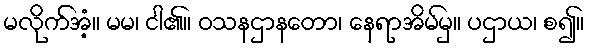
မလိုက်အံ့။ မမ၊ ငါ၏။ ဝသနဌာနတော၊ နေရာအိမ်မှ။ ပဌာယ၊ စ၍။